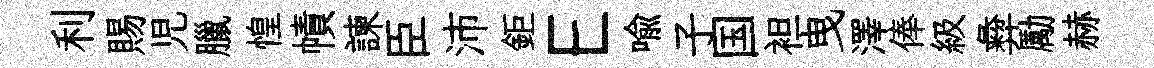
利賜児臘惶幘諫臣沛鉅E喻子国袒曳澤俸級彜勵赫